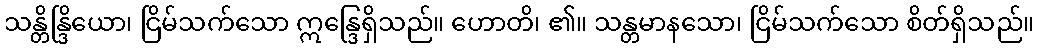
သန္တိန္ဒြိယော၊ ငြိမ်သက်သော ဣန္ဒြေရှိသည်။ ဟောတိ၊ ၏။ သန္တမာနသော၊ ငြိမ်သက်သော စိတ်ရှိသည်။